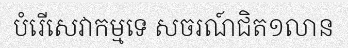
បំរើសេវាកម្មទេ សចរណ៍ជិត១លាន